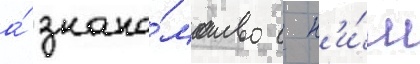
а́ знако́мство с н'и́м